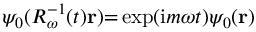
\psi _ { 0 } ( \ensuremath { R _ { \omega } } ^ { - 1 } ( t ) \mathbf { r } ) { = } \exp ( \mathrm { i } m \omega t ) \psi _ { 0 } ( \mathbf { r } )